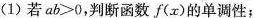
(1) 若ab>0，判断函数f(x)的单调性；